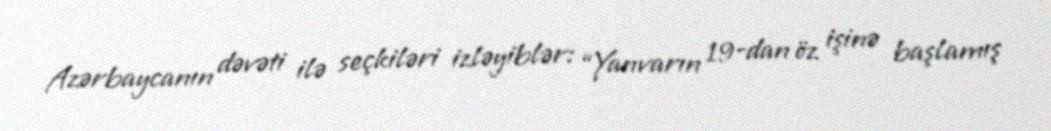
Azərbaycanın dəvəti ilə seçkiləri izləyiblər: “Yanvarın 19-dan öz işinə başlamış